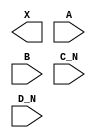
module sky130_fd_sc_hd__or4bb (
    X  ,
    A  ,
    B  ,
    C_N,
    D_N
);

    output X  ;
    input  A  ;
    input  B  ;
    input  C_N;
    input  D_N;

    // Voltage supply signals
    supply1 VPWR;
    supply0 VGND;
    supply1 VPB ;
    supply0 VNB ;

endmodule